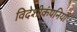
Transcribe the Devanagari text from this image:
विदेशीकंपनियों